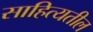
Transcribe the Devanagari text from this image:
साहित्यतील